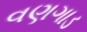
વણગાડ